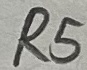
Text: R5